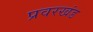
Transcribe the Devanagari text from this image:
प्रवरखंड